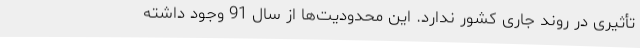
تأثیری در روند جاری کشور ندارد. این محدودیت‌ها از سال 91 وجود داشته